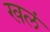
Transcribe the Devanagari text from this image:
खलं